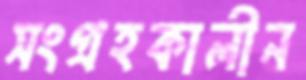
সংগ্রহকালীন